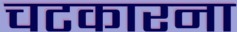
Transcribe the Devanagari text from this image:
चटकारना